Investigations into the jail dietaries of the United Provinces with some observations on the influence of dietary on the physical development and well-being of the people of the United Provinces - Number 48
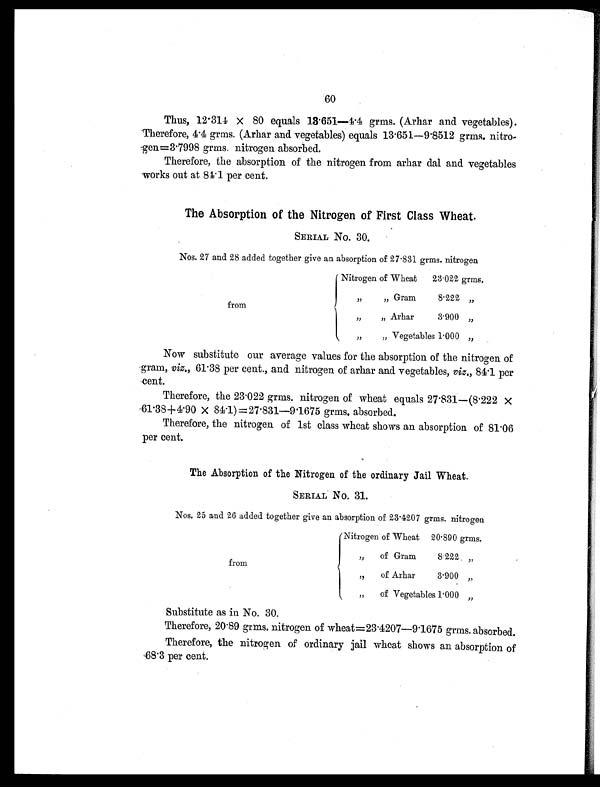
60
Thus, 12.314 × 80 equals 13.651—4.4 grms. (Arhar and vegetables).
Therefore, 4.4 grms. (Arhar and vegetables) equals 13.651—9.8512 grms. nitro-
gen=3.7998 grms. nitrogen absorbed.
Therefore, the absorption of the nitrogen from arhar dal and vegetables
works out at 84.1 per cent.
The Absorption of the Nitrogen of First Class Wheat.
SERIAL No. 30.
Nos. 27 and 28 added together give an absorption of 27 . 831 grms. nitrogen
from
Nitrogen of Wheat
23 . 022 grms.
„
„ Gram
8.222 „
„
„ Arhar
3.900 „
„
„ Vegetables 1 . 000 „
Now substitute our average values for the absorption of the nitrogen of
gram, viz., 61.38 per cent., and nitrogen of arhar and vegetables, viz., 84.1 per
cent.
Therefore, the 23.022 grms. nitrogen of wheat equals 27.831—(8.222 ×
61.38+4.90 × 84.1)=27.831—9.1675 grms. absorbed.
Therefore, the nitrogen of 1st class wheat shows an absorption of 81.06
per cent.
The Absorption of the Nitrogen of the ordinary Jail Wheat
.
SERIAL No. 31.
Nos. 25 and 26 added together give an absorption of 23 .4207 grms. nitrogen
from
Nitrogen of Wheat
20.890 grms.
„
of Gram
8.222 „
„
of Arhar
3.900 „
„
of Vegetables 1 . 000 „
Substitute as in No. 30.
Therefore, 20.89 grms. nitrogen of wheat=23.4207—9.1675 grms. absorbed.
Therefore, the nitrogen of ordinary jail wheat shows an absorption of
68.3 per cent.